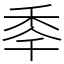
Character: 䄹